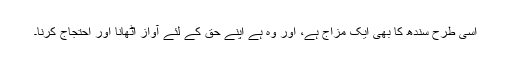
اسی طرح سندھ کا بھی ایک مزاج ہے، اور وہ ہے اپنے حق کے لئے آواز اٹھانا اور احتجاج کرنا۔